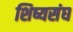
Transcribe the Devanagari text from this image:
शिष्यसंघ